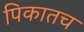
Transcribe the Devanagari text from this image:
पिकातच